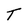
Character: T